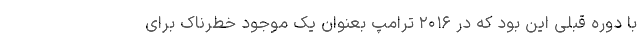
با دوره قبلی این بود که در ۲۰۱۶ ترامپ بعنوان یک موجود خطرناک برای